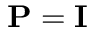
\mathbf { P } = \mathbf { I }